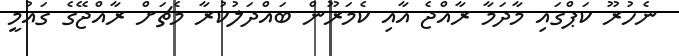
ނެހުރޫ ކަޕްގައި މާދަމާ ރާއްޖެ އާއި ކެމަރޫން ބައްދަލުކުރާ މެޗަށް ރާއްޖޭގެ ގައުމީ